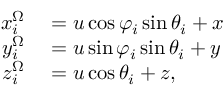
\begin{array} { r l } { x _ { i } ^ { \Omega } } & { { } = u \cos { \varphi _ { i } } \sin { \theta _ { i } } + x } \\ { y _ { i } ^ { \Omega } } & { { } = u \sin { \varphi _ { i } } \sin { \theta _ { i } } + y } \\ { z _ { i } ^ { \Omega } } & { { } = u \cos { \theta _ { i } } + z , } \end{array}